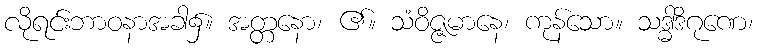
လိုရင်းဘာဝနာအခါ၌။ အတ္တနော၊ ၏။ သံဝိဇ္ဇမာနေ၊ ကုန်သော။ သဒ္ဓါဒိဂုဏေ၊